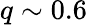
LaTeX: q\sim 0.6